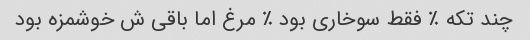
چند تکه ٪ فقط سوخاری بود ٪ مرغ اما باقی ش خوشمزه بود